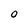
Character: 0